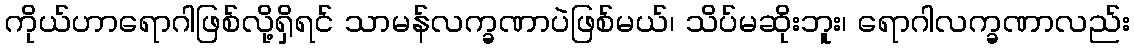
ကိုယ်ဟာရောဂါဖြစ်လို့ရှိရင် သာမန်လက္ခဏာပဲဖြစ်မယ်၊ သိပ်မဆိုးဘူး၊ ရောဂါလက္ခဏာလည်း